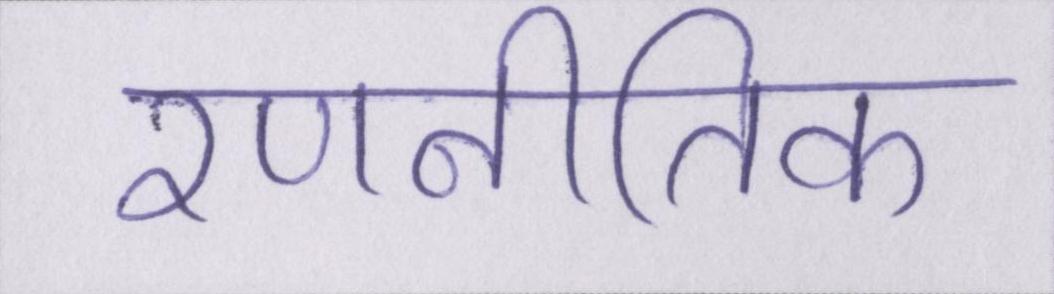
रणनीतिक